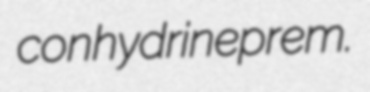
conhydrine prem.